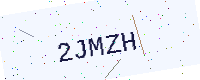
Text: 2JMZH